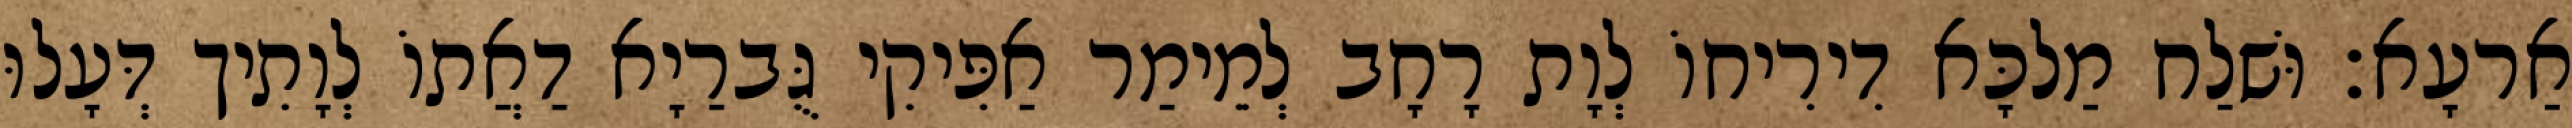
אַרעָא׃ וּשׁלַח מַלכָּא דִירִיחוֹ לְוָת רָחָב לְמֵימַר אַפִּיקִי גֻּברַיָא דַאֲתוֹ לְוָתִיך דְּעָלוּ